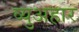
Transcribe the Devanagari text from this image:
व्युअहार